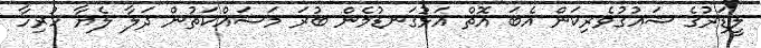
ލީޑަރުގެ ޝައުގުވެރިކަން އެބަ އޮތް އަޅުގަނޑުމެން ބުރަ މަސައްކަތުން ދަލާ ލެޔާ ހުރިހާ